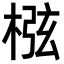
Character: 㭹